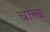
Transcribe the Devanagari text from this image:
चाल्ड